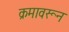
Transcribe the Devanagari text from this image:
क्रमावरून